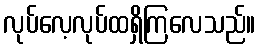
လုပ်လေ့လုပ်ထရှိကြလေသည်။